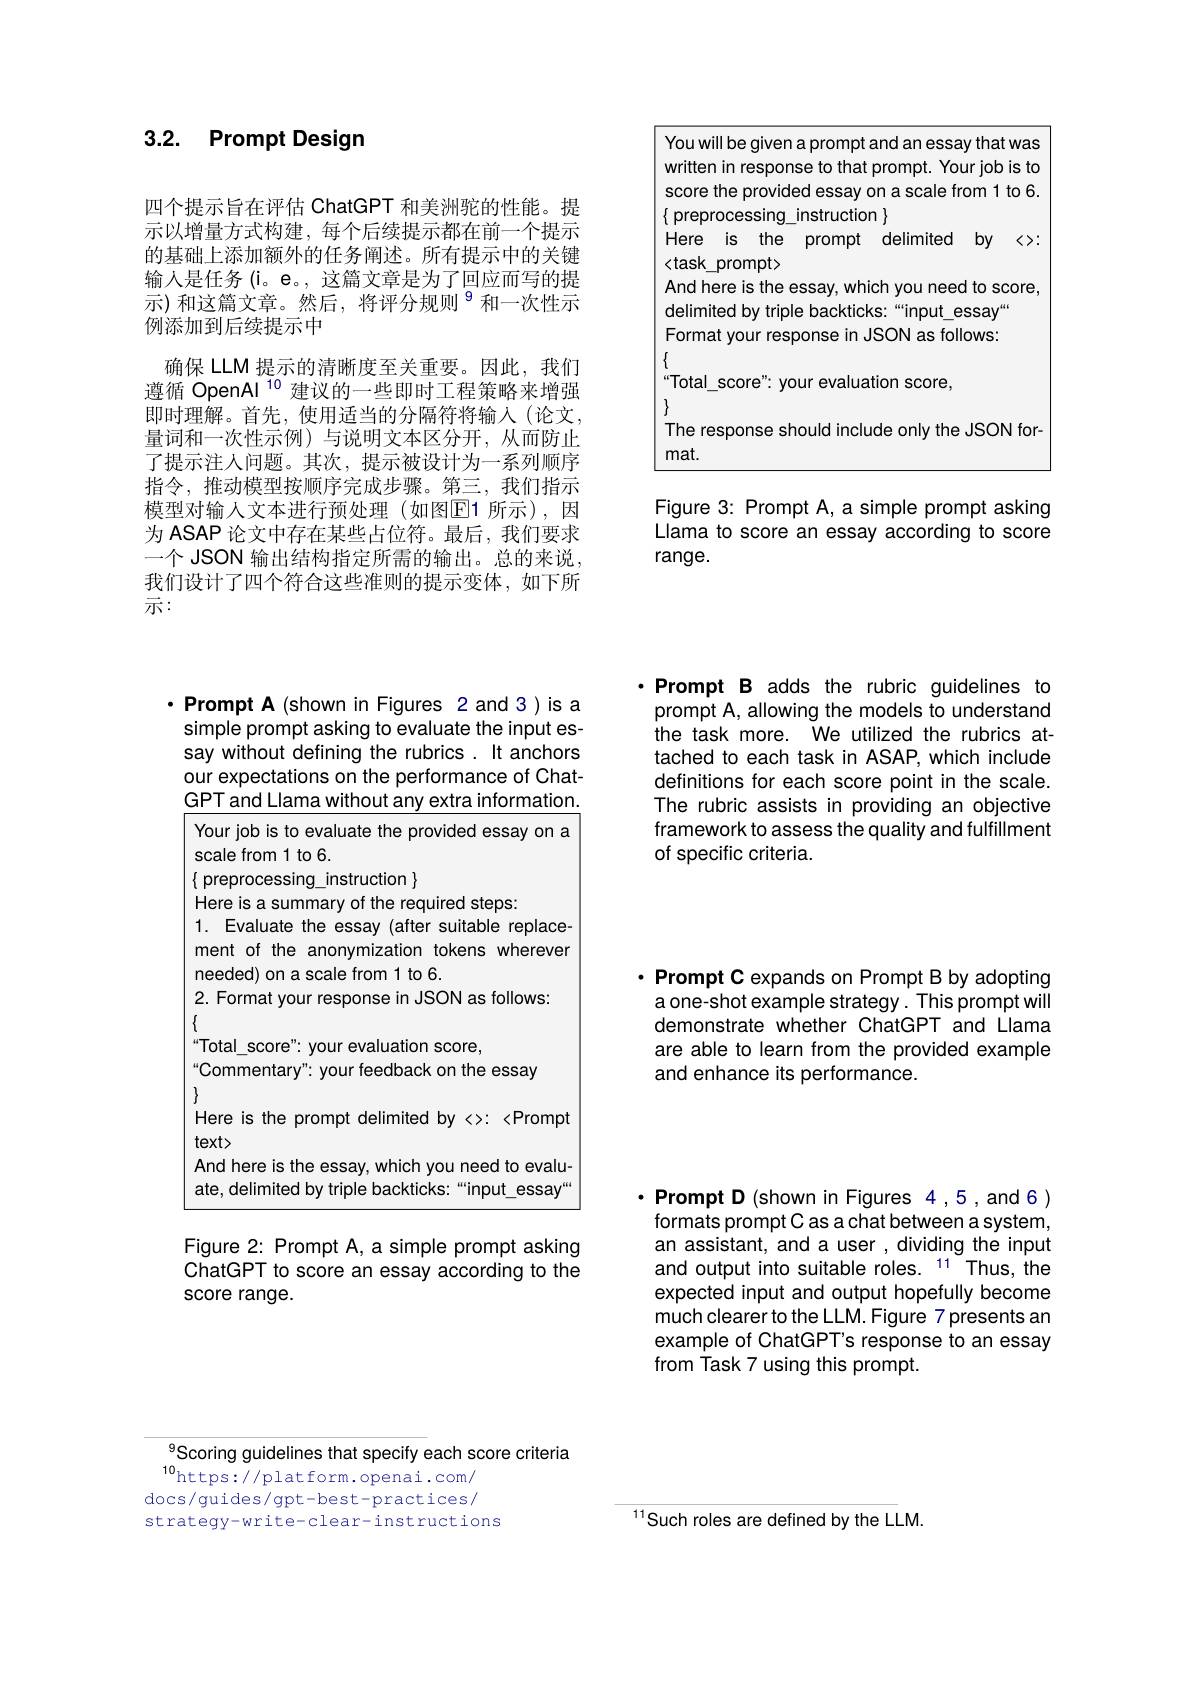
## 3.2. Prompt Design

四个提示旨在评估 ChatGPT 和美洲驼的性能。提示以增量方式构建，每个后续提示都在前一个提示的基础上添加额外的任务阐述。所有提示中的关键输入是任务 (i。e。, 这篇文章是为了回应而写的提示)和这篇文章。然后，将评分规则$^{9}$和一次性示例添加到后续提示中
确保 LLM 提示的清晰度至关重要。因此，我们遵循 OpenAl $^{10}$建议的一些即时工程策略来增强即时理解。首先，使用适当的分隔符将输入(论文， 量词和一次性示例)与说明文本区分开，从而防止了提示注人问题。其次，提示被设计为一系列顺序指令，推动模型按顺序完成步骤。第三，我们指示模型对输人文本进行预处理(如图$\overline{\mathrm{E}}$1 所示),因为 ASAP 论文中存在某些占位符。最后，我们要求一个 JSON 输出结构指定所需的输出。总的来说， 我们设计了四个符合这些准则的提示变体，如下所示：

Figure 3: Prompt A, a simple prompt asking Llama to score an essay according to score range.

·Prompt B adds the rubric guidelines to prompt A, allowing the models to understand the task more. We utilized the rubrics attached to each task in ASAP, which include definitions for each score point in the scale. The rubric assists in providing an objective framework to assess the quality and fulfillment of specific criteria.

$\cdot$Prompt A(shown in Figures 2and 3)is a simple prompt asking to evaluate the input essay without defining the rubrics. It anchors our expectations on the performance of ChatGPT and Llama without any extra information.

Your job is to evaluate the provided essay on a
scale from 1 to 6.
$\{$ preprocessing\_instruction $\}$
Here is a summary of the required steps:
1. Evaluate the essay (after suitable replacement of the anonymization tokens wherever needed) on a scale from 1 to 6.
2. Format your response in JSON as follows:
$\{$
Total\_score": your evaluation score,
Commentary" your feedback on the essay
$\{$
Here is the prompt delimited by <>: <Prompt
text>
And here is the essay, which you need to evaluate, delimited by triple backticks:“input\_essay“

Figure 2: Prompt A, a simple prompt asking ChatGPT to score an essay according to the score range.

$\cdot$ Prompt C expands on Prompt B by adopting a one-shot example strategy. This prompt will demonstrate whether ChatGPT and Llama are able to learn from the provided example and enhance its performance.

$\cdot$Prompt D(shown in Figures 4,5,and 6) formats prompt C as a chat between a system, an assistant, and a user , dividing the input and output into suitable roles. $^{11}$Thus, the expected input and output hopefully become much clearer to the LLM. Figure 7 presents an example of ChatGPT's response to an essay from Task 7 using this prompt.

Scoring guidelines that specify each score criteria
$^{10}$https://platform.openai.com/ docs/guides/gpt-best-practices/ strategy-write-clear-instructions

$^{11}$Such roles are defined by the LLM.